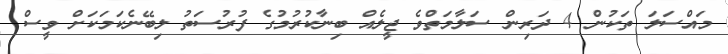
މައްސަލަ ތަކުން 4 ދަރިން ސަލާމަތްވެ ޖީލެއް ބިނާކުރުމުގެ ފުރުސަތު ލިބޭނެކަމަކަށް ވީސް